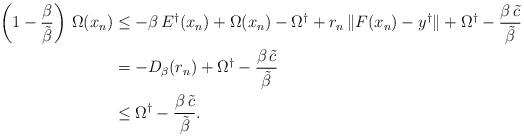
LaTeX: \begin{align*}\left(1-\frac{\beta}{\tilde{\beta}}\right)\,\Omega(x_n)&\leq-\beta\,E^\dagger(x_n)+\Omega(x_n)-\Omega^\dagger+r_n\,\|F(x_n)-y^\dagger\|+\Omega^\dagger-\frac{\beta\,\tilde{c}}{\tilde{\beta}}\\&=-D_\beta(r_n)+\Omega^\dagger-\frac{\beta\,\tilde{c}}{\tilde{\beta}}\\&\leq\Omega^\dagger-\frac{\beta\,\tilde{c}}{\tilde{\beta}}.\end{align*}